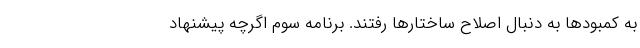
به کمبودها به دنبال اصلاح ساختارها رفتند. برنامه سوم اگرچه پیشنهاد